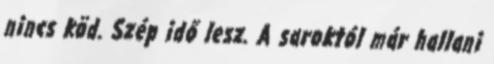
nincs köd. Szép idő lesz. A saroktól már hallani